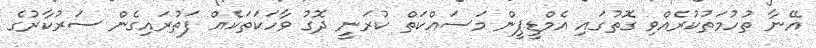
އޭނާ ތުހުމަތުކުރެއްވި ގޮތުގައި އެމްޑީޕީން މަސައްކަތް ކުރަނީ ދޮގު ވާހަކަތަކެއް ފަތުރައިގެން ސަރުކާރުގެ